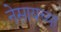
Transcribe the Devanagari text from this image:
नेसायच्या